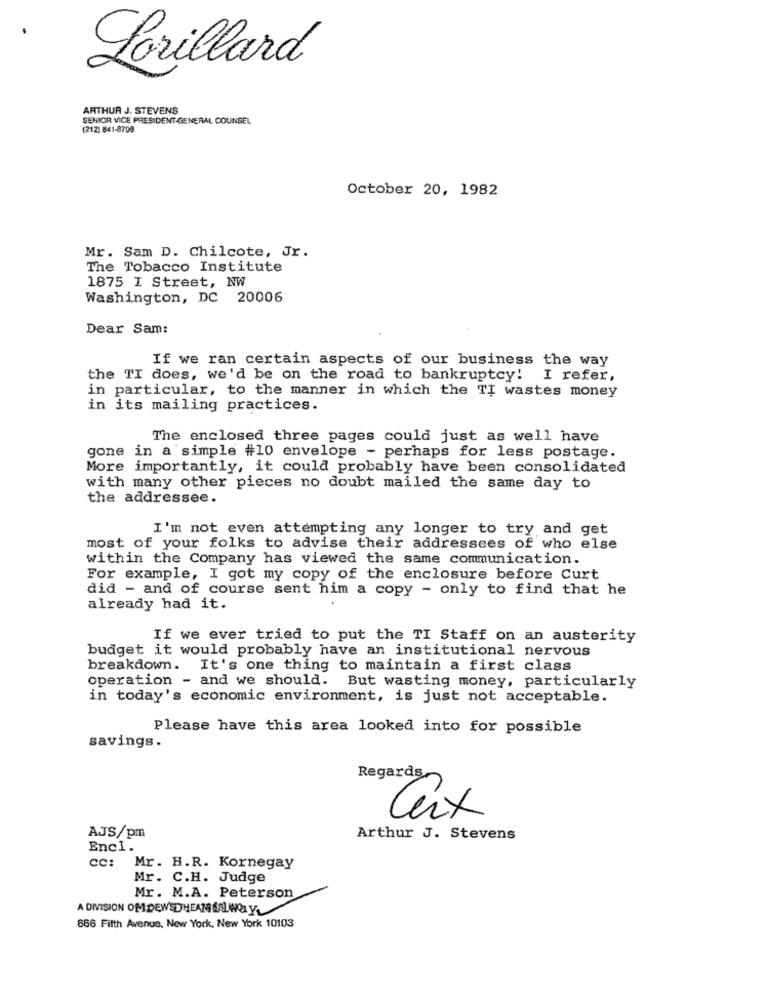
Lorillard
ARTHUR J. STEVENS
SENIOR VICE PRESIDENT-GENERAL COUNSEL
(212) 841-8708
October 20, 1982
Mr. Sam D. Chilcote, Jr.
The Tobacco Institute
1875 I Street, NW
Washington, DC 20006
Dear Sam:
If we ran certain aspects of our business the way
the TI does, we'd be on the road to bankruptcy! I refer,
in particular, to the manner in which the TI wastes money
in its mailing practices.
The enclosed three pages could just as well have
gone in a simple #10 envelope - perhaps for less postage.
More importantly, it could probably have been consolidated
with many other pieces no doubt mailed the same day to
the addressee.
I'm not even attempting any longer to try and get
most of your folks to advise their addressees of who else
within the Company has viewed the same communication.
For example, I got my copy of the enclosure before Curt
did - and of course sent him a copy - only to find that he
already had it.
If we ever tried to put the TI Staff on an austerity
budget it would probably have an institutional nervous
breakdown. It's one thing to maintain a first class
operation - and we should. But wasting money, particularly
in today's economic environment, is just not acceptable.
Please have this area looked into for possible
savings.
Regards,
Ceix
AJS/pm
Arthur J. Stevens
Encl.
cc: Mr. H.R. Kornegay
Mr. C.H. Judge
Mr. M.A. Peterson
A DIVISION OFDEWSDTHEAN SSLWOL Y
666 Fifth Avenue, New York, New York 10103